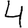
Digit: 4